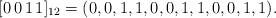
LaTeX: \begin{align*}[0\, 0\,1\, 1]_{12} = ( 0, 0, 1,1, 0, 0, 1,1, 0, 0, 1,1).\end{align*}